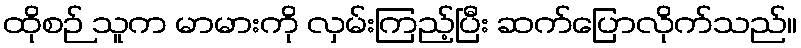
ထိုစဉ် သူက မာမားကို လှမ်းကြည့်ပြီး ဆက်ပြောလိုက်သည်။